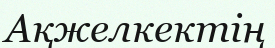
Ақжелкектің